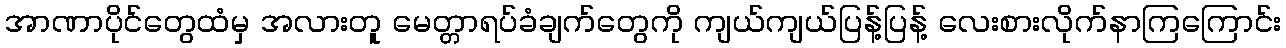
အာဏာပိုင်တွေထံမှ အလားတူ မေတ္တာရပ်ခံချက်တွေကို ကျယ်ကျယ်ပြန့်ပြန့် လေးစားလိုက်နာကြကြောင်း